Lunatic asylums Madras 1877-1891 - 1877-1891
Year: 1877
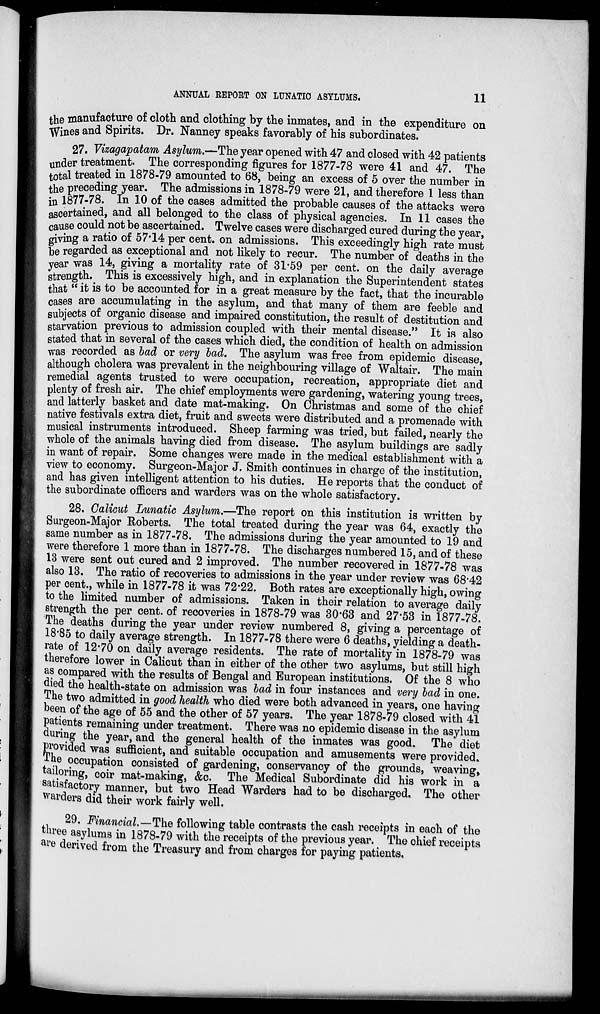
ANNUAL REPORT ON LUNATIC ASYLUMS.
11
the manufacture of cloth and clothing by the inmates, and in the expenditure on
Wines and Spirits. Dr. Nanney speaks favorably of his subordinates.
27. Vizagapatam Asylum.—The year opened with 47 and closed with 42 patients
under treatment. The corresponding figures for 1877-78 were 41 and 47. The
total treated in 1878-79 amounted to 68, being an excess of 5 over the number in
the preceding year. The admissions in 1878-79 were 21, and therefore 1 less than
in 1877-78. In 10 of the cases admitted the probable causes of the attacks were
ascertained, and all belonged to the class of physical agencies. In 11 cases the
cause could not be ascertained. Twelve cases were discharged cured during the year,
giving a ratio of 57.14 per cent. on admissions. This exceedingly high rate must
be regarded as exceptional and not likely to recur. The number of deaths in the
year was 14, giving a mortality rate of 31.59 per cent. on the daily average
strength. This is excessively high, and in explanation the Superintendent states
that " it is to be accounted for in a great measure by the fact, that the incurable
cases are accumulating in the asylum, and that many of them are feeble and
subjects of organic disease and impaired constitution, the result of destitution and
starvation previous to admission coupled with their mental disease." It is also
stated that in several of the cases which died, the condition of health on admission
was recorded as bad or very bad. The asylum was free from epidemic disease,
although cholera was prevalent in the neighbouring village of Waltair. The main
remedial agents trusted to were occupation, recreation, appropriate diet and
plenty of fresh air. The chief employments were gardening, watering young trees,
and latterly basket and date mat-making. On Christmas and some of the chief
native festivals extra diet, fruit and sweets were distributed and a promenade with
musical instruments introduced. Sheep farming was tried, but failed, nearly the
whole of the animals having died from disease. The asylum buildings are sadly
in want of repair. Some changes were made in the medical establishment with a
view to economy. Surgeon-Major J. Smith continues in charge of the institution,
and has given intelligent attention to his duties. He reports that the conduct of
the subordinate officers and warders was on the whole satisfactory.
28. Calicut Lunatic Asylum.—The report on this institution is written by
Surgeon-Major Roberts. The total treated during the year was 64, exactly the
same number as in 1877-78. The admissions during the year amounted to 19 and
were therefore 1 more than in 1877-78. The discharges numbered 15, and of these
13 were sent out cured and 2 improved. The number recovered in 1877-78 was
also 13. The ratio of recoveries to admissions in the year under review was 68.42
per cent., while in 1877-78 it was 72.22. Both rates are exceptionally high, owing
to the limited number of admissions. Taken in their relation to average daily
strength the per cent. of recoveries in 1878-79 was 30.63 and 27.53 in 1877-78.
The deaths during the year under review numbered 8, giving a percentage of
18.85 to daily average strength. In 1877-78 there were 6 deaths, yielding a death-
rate of 12.70 on daily average residents. The rate of mortality in 1878-79 was
therefore lower in Calicut than in either of the other two asylums, but still high
as compared with the results of Bengal and European institutions. Of the 8 who
died the health-state on admission was bad in four instances and very bad in one.
The two admitted in good health who died were both advanced in years, one having
been of the age of 55 and the other of 57 years. The year 1878-79 closed with 41
patients remaining under treatment. There was no epidemic disease in the asylum
during the year, and the general health of the inmates was good. The diet
provided was sufficient, and suitable occupation and amusements were provided.
The occupation consisted of gardening, conservancy of the grounds, weaving,
tailoring, coir mat-making, &c. The Medical Subordinate did his work in a
satisfactory manner, but two Head Warders had to be discharged. The other
warders did their work fairly well.
29. Financial.—The following table contrasts the cash receipts in each of the
three asylums in 1878-79 with the receipts of the previous year. The chief receipts
are derived from the Treasury and from charges for paying patients.